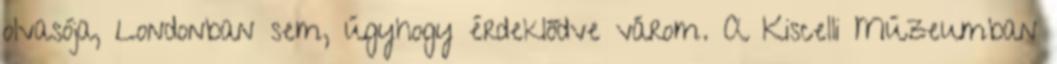
olvasója, Londonban sem, úgyhogy érdeklődve várom. A Kiscelli Múzeumban